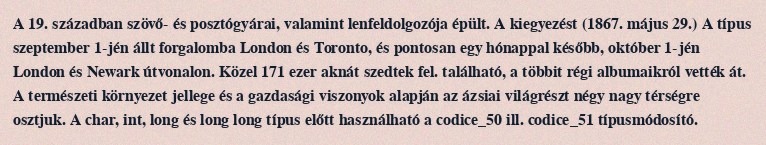
A 19. században szövő- és posztógyárai, valamint lenfeldolgozója épült. A kiegyezést (1867. május 29.) A típus szeptember 1-jén állt forgalomba London és Toronto, és pontosan egy hónappal később, október 1-jén London és Newark útvonalon. Közel 171 ezer aknát szedtek fel. található, a többit régi albumaikról vették át. A természeti környezet jellege és a gazdasági viszonyok alapján az ázsiai világrészt négy nagy térségre osztjuk. A char, int, long és long long típus előtt használható a codice_50 ill. codice_51 típusmódosító.